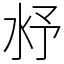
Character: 沀